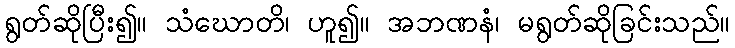
ရွတ်ဆိုပြီး၍။ သံဃောတိ၊ ဟူ၍။ အဘဏနံ၊ မရွတ်ဆိုခြင်းသည်။